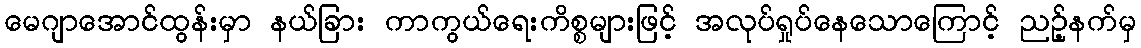
မေဂျာအောင်ထွန်းမှာ နယ်ခြား ကာကွယ်ရေးကိစ္စများဖြင့် အလုပ်ရှုပ်နေသောကြောင့် ညဉ့်နက်မှ